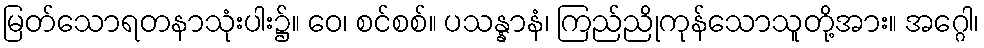
မြတ်သောရတနာသုံးပါး၌။ ဝေ၊ စင်စစ်။ ပသန္နာနံ၊ ကြည်ညိုကုန်သောသူတို့အား။ အဂ္ဂေါ၊